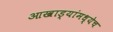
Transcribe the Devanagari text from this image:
आखाड्यांमध्येच